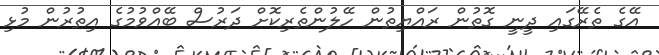
އޭގެ ތެރޭގައި ދީނީ ގޮތުން ރައްޔިތުން ހޭލުންތެރިކޮށް ދަރުސް ބޭއްވުމުގެ އިތުރުން މުޅި